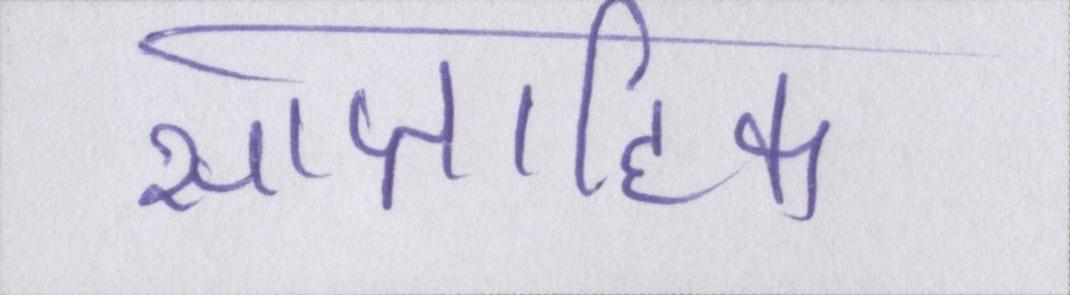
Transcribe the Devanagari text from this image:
साप्ताहिक